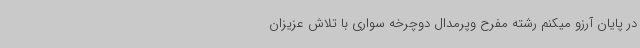
در پایان آرزو میکنم رشته مفرح وپرمدال دوچرخه سواری با تلاش عزیزان